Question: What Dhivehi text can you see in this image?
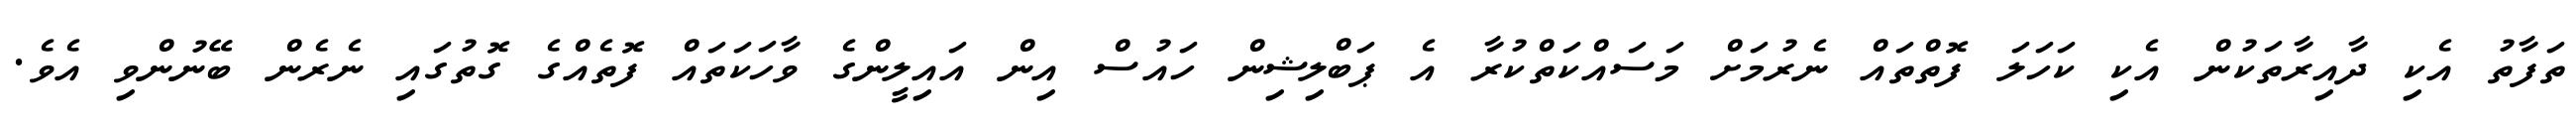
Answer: ތަފާތު އެކި ދާއިރާތަކުން އެކި ކަހަލަ ފޮތްތައް ނެރުމަށް މަސައްކަތްކުރާ އެ ޕަބްލިޝިން ހައުސް އިން އައިލީންގެ ވާހަކަތައް ފޮތެއްގެ ގޮތުގައި ނެރެން ބޭނުންވި އެވެ.